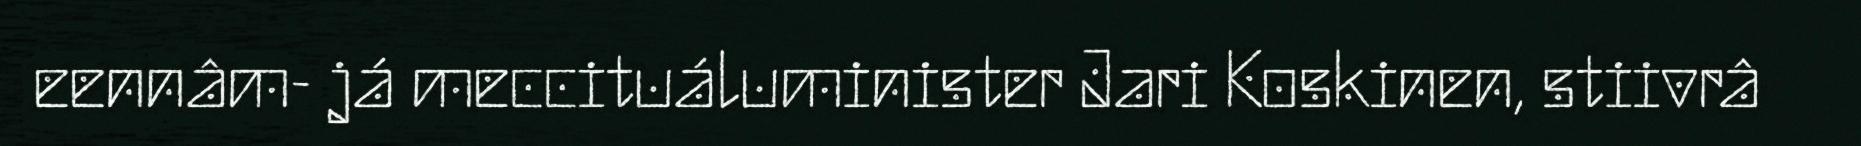
eennâm- já meccituáluminister Jari Koskinen, stiivrâ